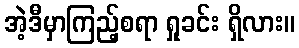
အဲ့ဒီမှာကြည့်စရာ ရှုခင်း ရှိလား။